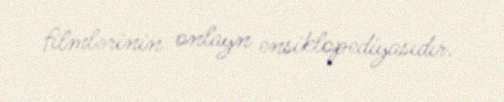
filmlərinin onlayn ensiklopediyasıdır.